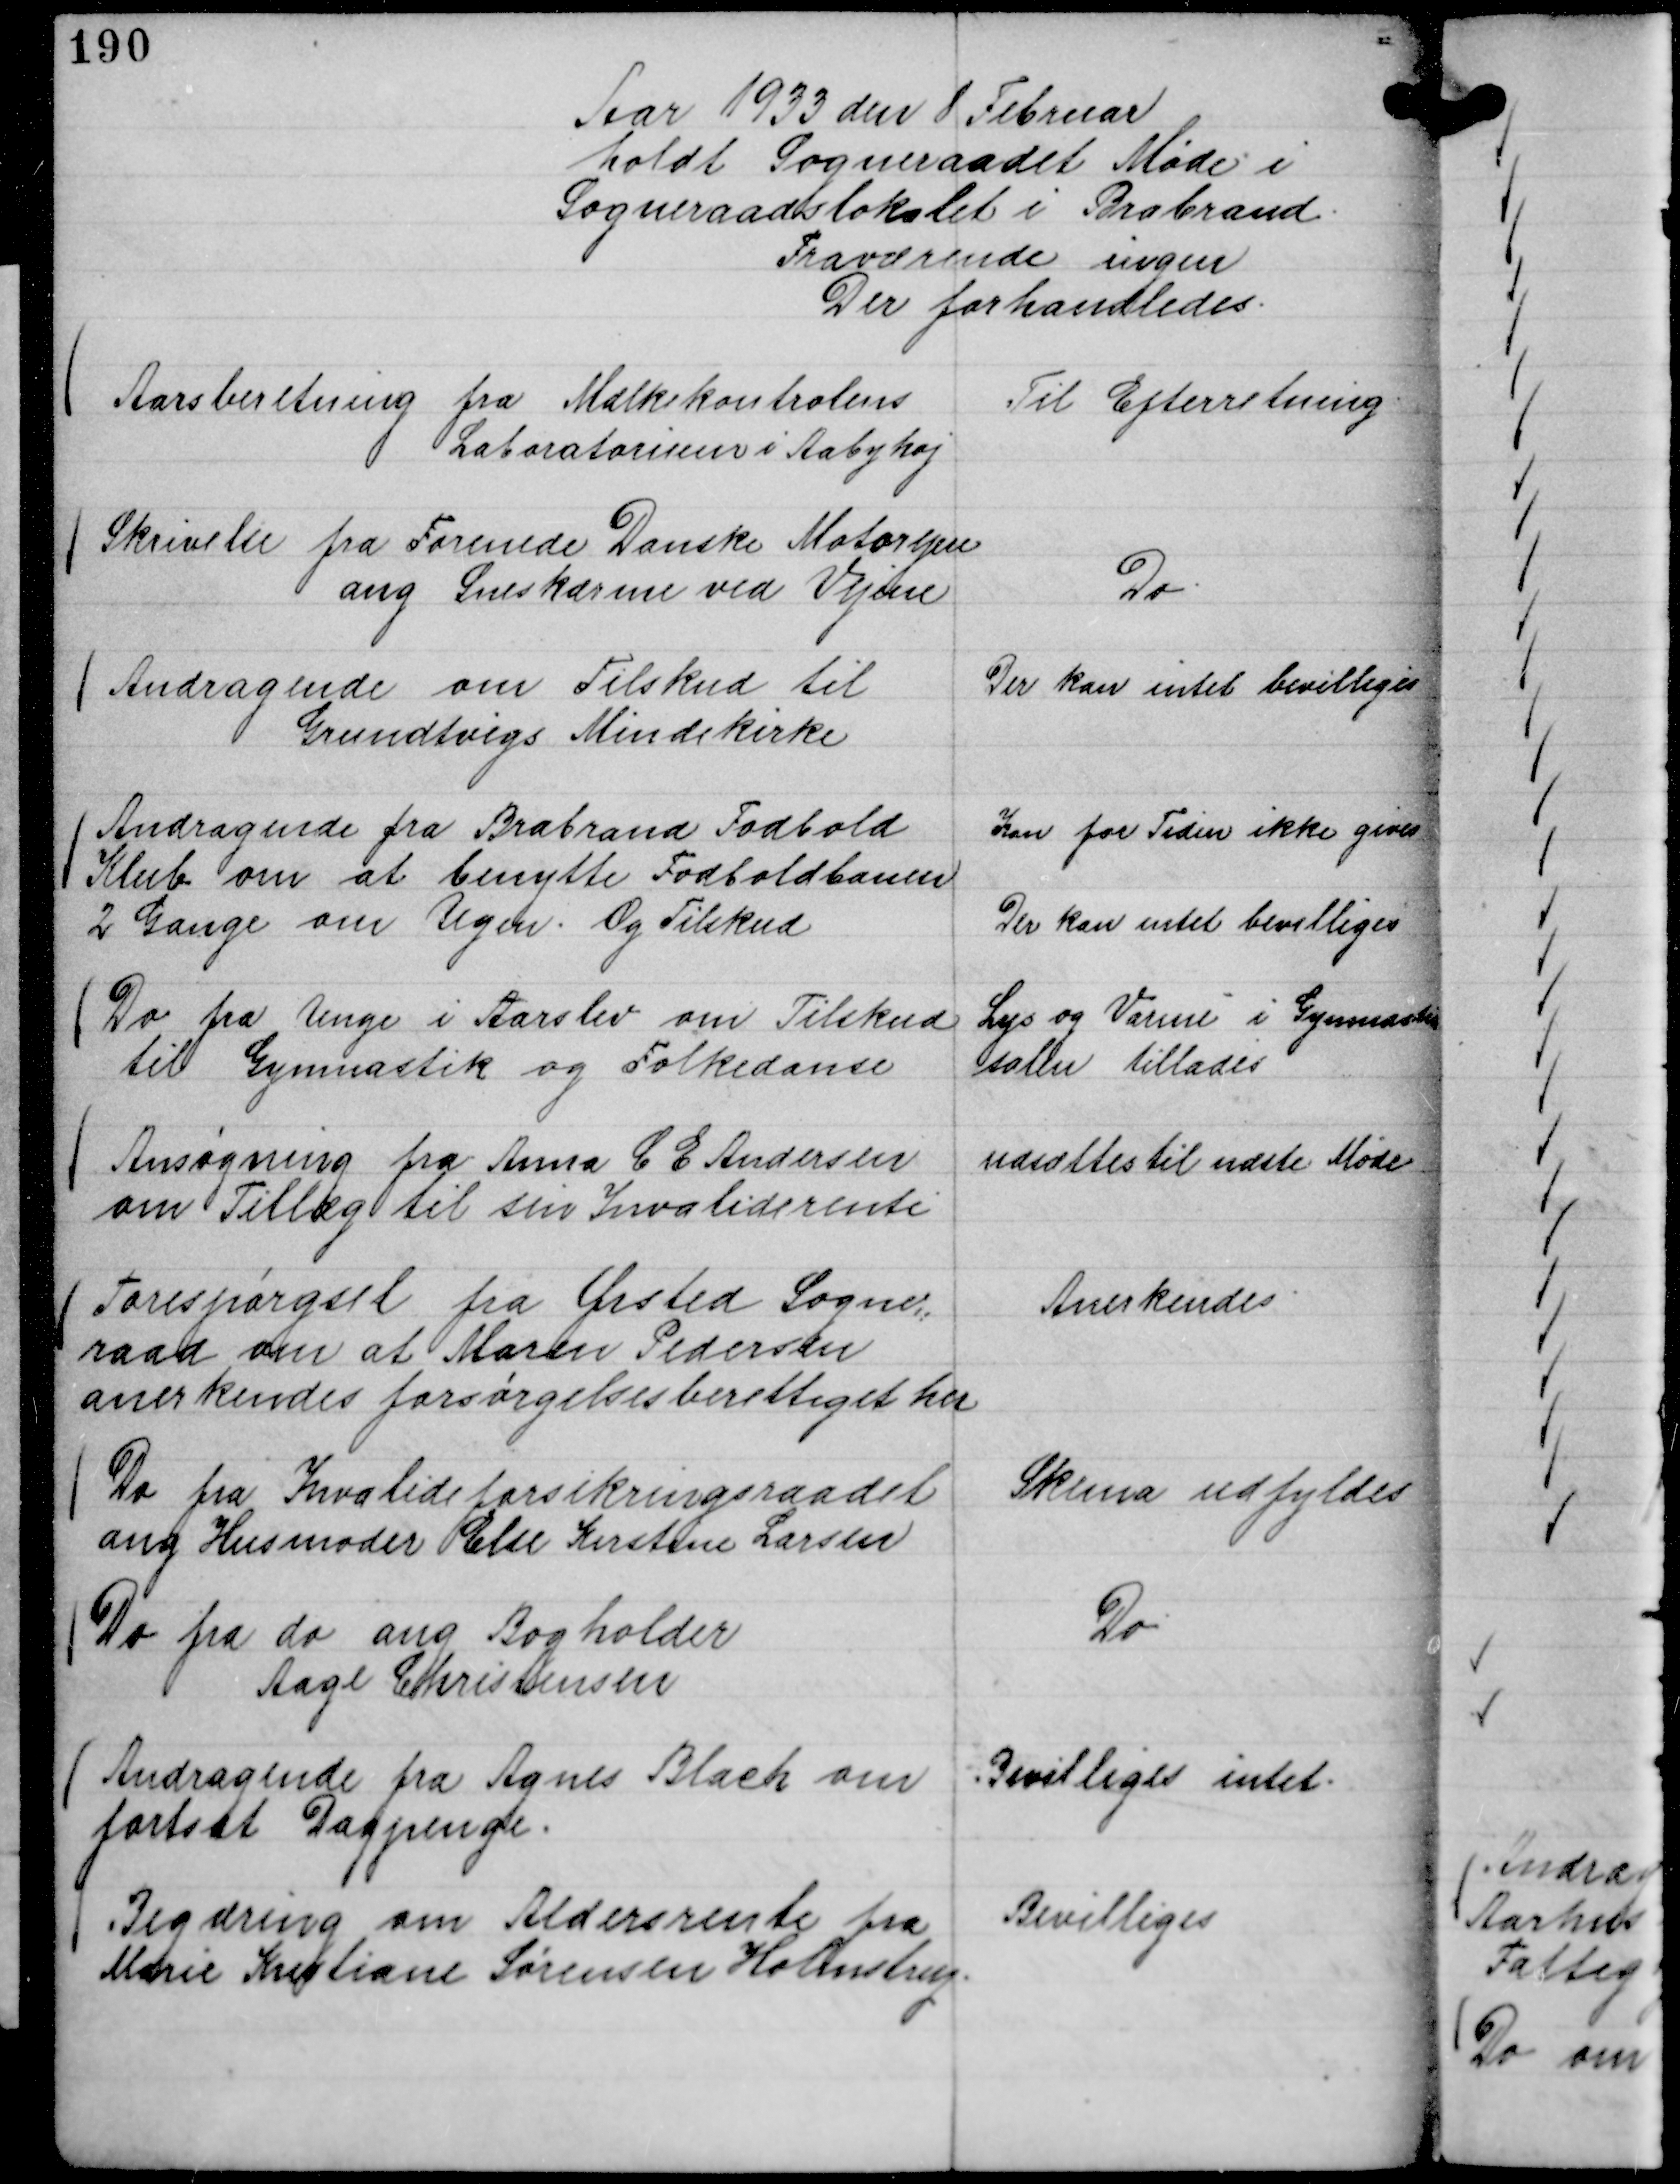
Transskription:
Aar 1933 den 8 Februar
holdt Sogneraadet Møde i
Sogneraadslokalet i Brabrand.
Fraværende ingen
Der forhandledes.

Aarsberetning fra Mælkekontrolens
Laboratorium i Aabyhøj

Til Efterretning.

Skrivelse fra Forenede Danske Motorejere
ang Sneskærme ved Vejene

Do.

Andragende om Tilskud til
Grundtvigs Mindekirke

Der kan intet bevilliges

Andragende fra Brabrand Fodbold
Klub om at benytte Fodboldbanen
2 Gange om Ugen. Og Tilskud

Kan for Tiden ikke gives
Der kan intet bevilliges

Do fra Unge i Aarslev om Tilskud
til Gymnastik og Folkedanse

Lys og Varme i Gymnastik
salen tillades

Ansøgning fra Anna C E Andersen
om Tillæg til sin Invaliderente

udsættes til næste Møde

Forespørgsel fra Ørsted Sogne,,
raad om at Maren Pedersen
anerkendes forsørgelsesberettiget her

Anerkendes

Do fra Invalideforsikringsraadet
ang Husmoder Else Kirstine Larsen

Skema udfyldes

Do fra do ang Bogholder
Aage Christensen

Do

Andragende fra Agnes Blach om
fortsat Dagpenge.

Bevilliges intet.

Begæring om Aldersrente fra
Marie Kristiane Sørensen Holmstrup.

Bevilliges